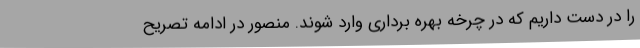
را در دست داریم که در چرخه بهره برداری وارد شوند. منصور در ادامه تصریح